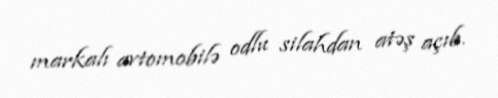
markalı avtomobilə odlu silahdan atəş açıb.